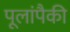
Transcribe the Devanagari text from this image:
पूलांपैकी